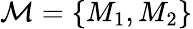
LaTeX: \mathcal{M}=\{ M_{1},M_{2}\}